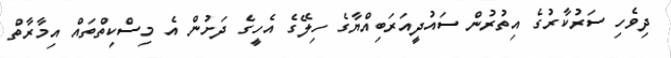
ދިވެހި ސަރުކާރުގެ އިތުރުން ސައުދީއަރަބިއްޔާގެ ހިލޭގެ އެހީގެ ދަށުން އެ މިސްކިތްތައް އިމާރާތް